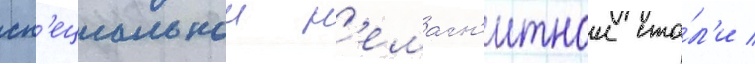
сп'ециальнои н'емагн'итнои ста́л'и /